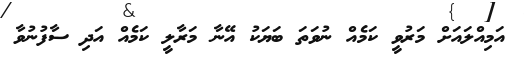
އަމިއްލައަށް މަރުވީ ކަމެއް ނުވަތަ ބަޔަކު އޭނާ މަރާލީ ކަމެއް އަދި ސާފުނުވާ